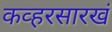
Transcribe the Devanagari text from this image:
कव्हरसारखं